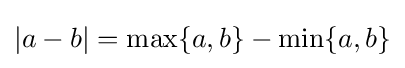
|a-b|=\max\{a,b\}-\min\{a,b\}